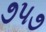
૭૫૭